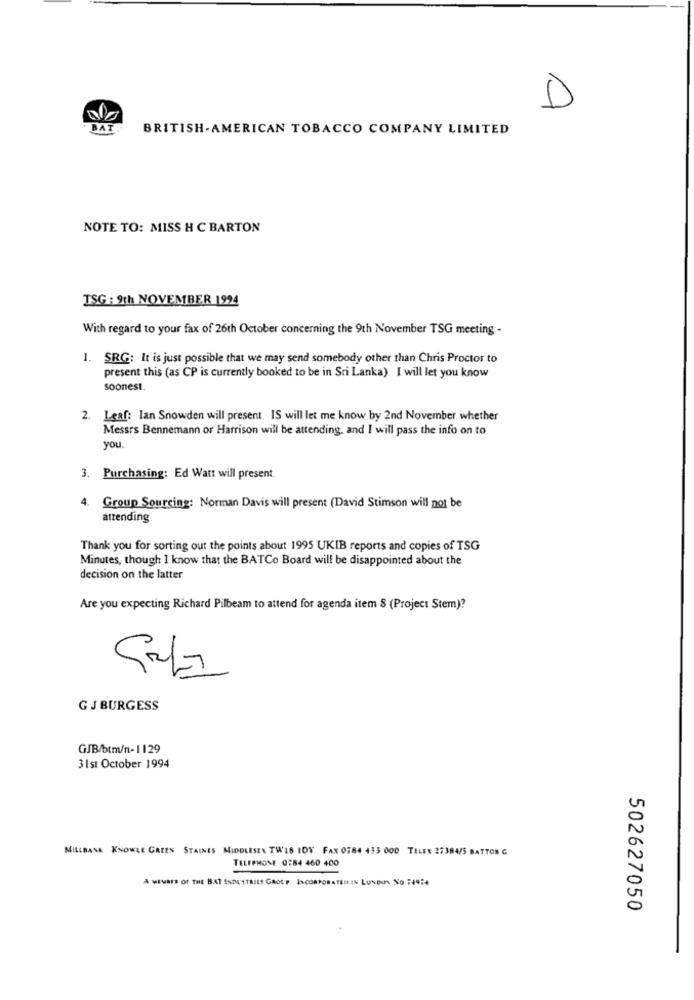
D
BAT
BRITISH-AMERICAN TOBACCO COMPANY LIMITED
NOTE TO: MISS H C BARTON
TSG : 9th NOVEMBER 1994
With regard to your fax of 26th October concerning the 9th November TSG meeting -
1. SRG: It is just possible that we may send somebody other than Chris Proctor to
present this (as CP is currently booked to be in Sri Lanka). I will let you know
soonest.
2. Leaf: Ian Snowden will present. IS will let me know by 2nd November whether
Messrs Bennemann or Harrison will be attending, and I will pass the info on to
you.
3. Purchasing: Ed Watt will present.
4.
Group Sourcing: Norman Davis will present (David Stimson will not be
attending
Thank you for sorting out the points about 1995 UKIB reports and copies of TSG
Minutes, though I know that the BATCo Board will be disappointed about the
decision on the latter
Are you expecting Richard Pilbeam to attend for agenda item 8 (Project Stem)?
G J BURGESS
GJB/btm/n-1129
3 1st October 1994
MILLBASK KNOWLE GREEN STAINES MIDDLESEX THIS IDY FAX 0784 435 000 TELES 27384/5 BATTOS G
TELEPHONE 0:84 460 400
A WENNES OF THE BAT ISTE TTASES GROUP INCORPORATED IN LUSION NO :49:
502627050